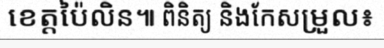
ខេត្តប៉ៃលិន៕ ពិនិត្យ និងកែសម្រួល៖